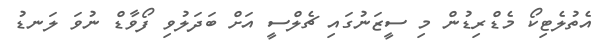
އެތުލެޓިކޯ މެޑްރިޑުން މި ސީޒަނުގައި ޗެލްސީ އަށް ބަދަލުވި ފޯވާޑް ނުވަ ލަނޑު